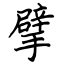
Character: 擘